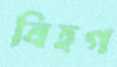
বিহগ